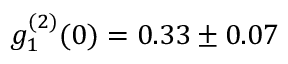
g _ { 1 } ^ { ( 2 ) } ( 0 ) = 0 . 3 3 \pm 0 . 0 7